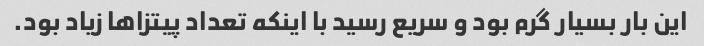
این بار بسیار گرم بود و سریع رسید با اینکه تعداد پیتزاها زیاد بود.